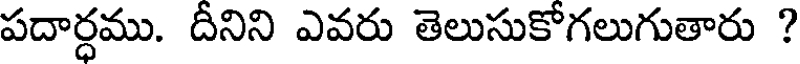
పదార్ధము. దీనిని ఎవరు తెలుసుకోగలుగుతారు ?